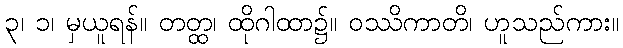
၃၊ ၁၊ မှယူရန်။ တတ္ထ၊ ထိုဂါထာ၌။ ဝဿိကာတိ၊ ဟူသည်ကား။